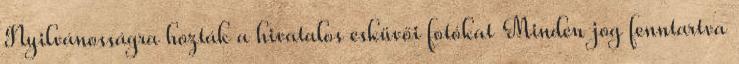
Nyilvánosságra hozták a hivatalos esküvői fotókat Minden jog fenntartva